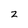
Character: 2